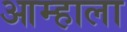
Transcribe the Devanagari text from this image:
आम्‍हाला